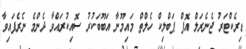
ޑިރެކްޓަރު ޖެނެރަލް އޮފް ޕަބްލިކް ހެލްތް މައިމޫނާ އަބޫބަކުރު ސޮއިކުރައްވާ ދެންމެ ނެރެފައިވާ